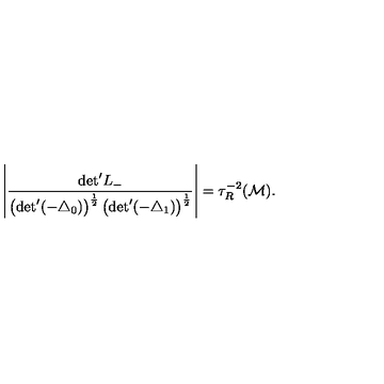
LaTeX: \left| \frac { \mathrm { d e t } ^ { \prime } L _ { - } } { \left( \mathrm { d e t } ^ { \prime } ( - { \triangle } _ { 0 } ) \right) ^ { \frac { 1 } { 2 } } \left( \mathrm { d e t } ^ { \prime } ( - { \triangle } _ { 1 } ) \right) ^ { \frac { 1 } { 2 } } } \right| = { \tau } _ { R } ^ { - 2 } ( { \cal M } ) .